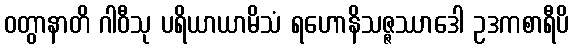
ဝတွာနာတိ ဂါဝီသု ပရိယာယာမိသံ ရဟောနိသဇ္ဇဿာဒေါ ဥဒကစာရီပိ